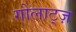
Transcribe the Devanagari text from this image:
गोलाट्ज़